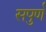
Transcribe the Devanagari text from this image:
सपुर्ण